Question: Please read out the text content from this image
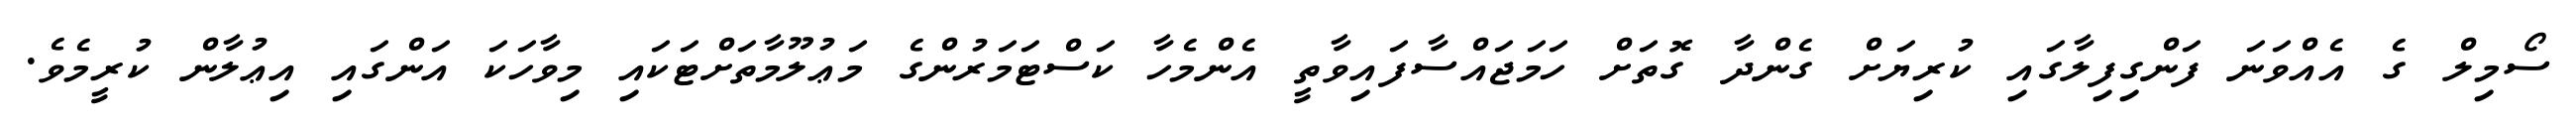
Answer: ސޯމިލް ގެ އެއްވަނަ ފަންގިފިލާގައި ކުރިޔަށް ގެންދާ ގޮތަށް ހަމަޖައްސާފައިވާތީ އެންމެހާ ކަސްޓަމަރުންގެ މަޢުލޫމާތަށްޓަކައި މިވާހަކަ އަންގައި އިޢުލާން ކުރީމެވެ.